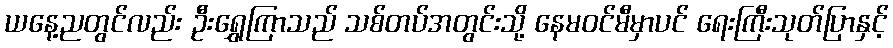
ယနေ့ညတွင်လည်း ဦးရွှေကြာသည် သစ်တပ်အတွင်းသို့ နေမဝင်မီမှာပင် ရေးကြီးသုတ်ပြာနှင့်